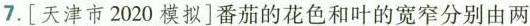
7.[天津市2020模拟]番茄的花色和叶的宽窄分别由两